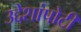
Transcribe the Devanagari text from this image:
उद्देशांपोटी